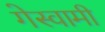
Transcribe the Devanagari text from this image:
गेस्वामी